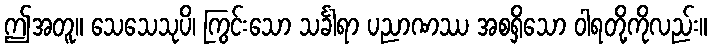
ဤအတူ။ သေသေသုပိ၊ ကြွင်းသော သင်္ခါရာ ပညာဏဿ အစရှိသော ဝါရတို့ကိုလည်း။